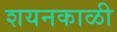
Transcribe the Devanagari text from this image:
शयनकाळी